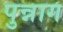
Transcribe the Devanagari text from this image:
पुन्नाग